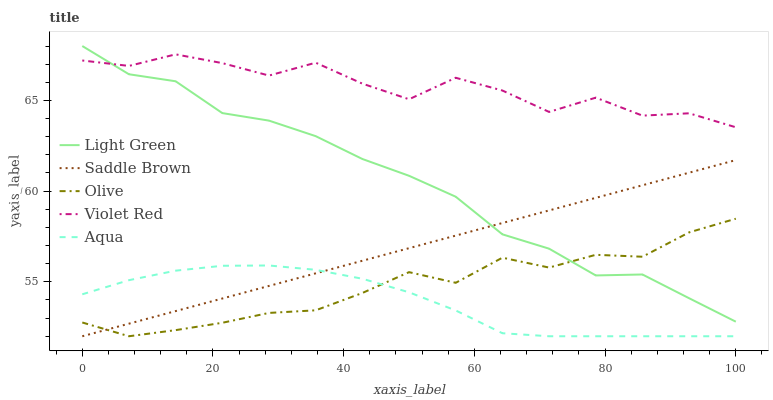
| xaxis_label | Light Green | Saddle Brown | Olive | Violet Red | Aqua |
 | --- | --- | --- | --- | --- | --- |
 | 0 | 68 | 52 | 52.8 | 67.2 | 54.3 |
 | 7.14 | 66.4 | 52.7 | 52 | 66.9 | 55.1 |
 | 14.3 | 66.1 | 53.4 | 52.3 | 67.5 | 55.6 |
 | 21.4 | 64.3 | 54.1 | 52.7 | 67.1 | 55.9 |
 | 28.6 | 63.9 | 54.8 | 53.3 | 66.4 | 55.9 |
 | 35.7 | 63 | 55.5 | 53.4 | 67.1 | 55.7 |
 | 42.9 | 61.8 | 56.2 | 54.4 | 65.9 | 55.2 |
 | 50 | 60.8 | 56.9 | 55.5 | 65.1 | 54.4 |
 | 57.1 | 59.7 | 57.5 | 54.9 | 66.2 | 53.4 |
 | 64.3 | 57.6 | 58.2 | 56.3 | 65.5 | 52.2 |
 | 71.4 | 56.8 | 58.9 | 55.8 | 64.4 | 52 |
 | 78.6 | 55.4 | 59.6 | 56.5 | 65.2 | 52 |
 | 85.7 | 55.4 | 60.3 | 56.4 | 64.2 | 52 |
 | 92.9 | 54.1 | 61 | 57.7 | 64.3 | 52 |
 | 100 | 52.8 | 61.7 | 58.5 | 63.5 | 52 |